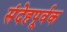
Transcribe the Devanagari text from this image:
संदेहपूर्वक